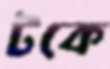
টকে